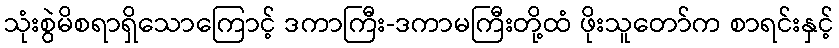
သုံးစွဲမိစရာရှိသောကြောင့် ဒကာကြီး-ဒကာမကြီးတို့ထံ ဖိုးသူတော်က စာရင်းနှင့်